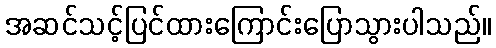
အဆင်သင့်ပြင်ထားကြောင်းပြောသွားပါသည်။